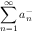
\sum _ { n = 1 } ^ { \infty } a _ { n } ^ { - }